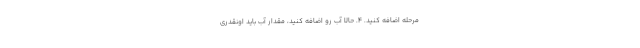
مرحله اضافه کنید. ۴. حالا آب رو اضافه کنید، مقدار آب باید اونقدری